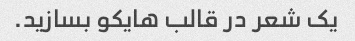
یک شعر در قالب هایکو بسازید.